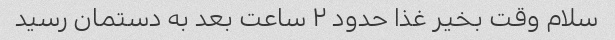
سلام وقت بخیر غذا حدود ۲ ساعت بعد به دستمان رسید